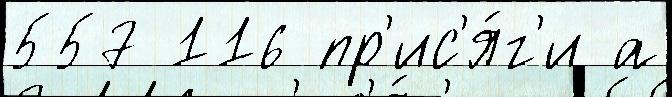
557 116 пр'ис'я́г'и а